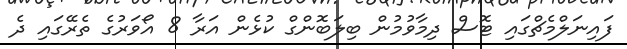
ފައިނަލްމެޗްގައި ޓޮސް ދިމާވުމުން ބިލަބޮންގް ކުޅެން އަރާ 8 އޯވަރުގެ ތެރޭގައި ދެ